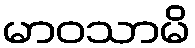
မာဝသာမိ